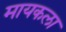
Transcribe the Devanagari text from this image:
मायकला